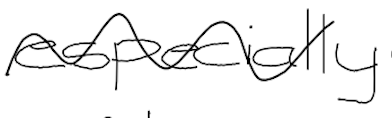
Text: especially
Cross-out: wave
Writing tool: digital_black